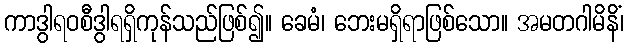
ကာဒွါရဝစီဒွါရရှိကုန်သည်ဖြစ်၍။ ခေမံ၊ ဘေးမရှိရာဖြစ်သော။ အမတဂါမိနိံ၊